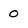
Character: 0